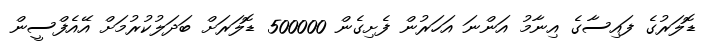
ޑޮލަރުގެ ފައިސާގެ އިނާމު އަންނަ އަހަރުން ފެށިގެން 500000 ޑޮލަރަށް ބަދަލުކުރުމަށް އޭއެފްސީން